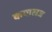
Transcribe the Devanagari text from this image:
कपालज